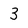
Character: 3